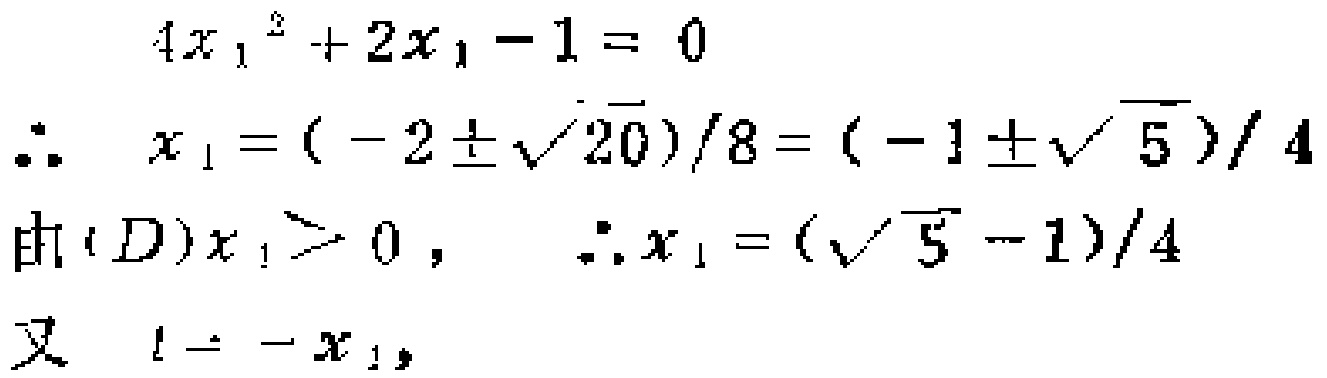
\[

\begin{align*}

4x_1^2 + 2x_1 - 1&= 0\\

\therefore x_1&=(-2\pm\sqrt{20})/8 = (-1\pm\sqrt{5})/4\\

\text{由}(D)x_1>0,\ \therefore x_1&=(\sqrt{5} - 1)/4\\

\text{又 }l = -x_1,

\end{align*}

\]